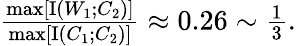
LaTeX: \begin{array}{r}{\frac{\operatorname*{max}[\operatorname{I}(W_{1};C_{2})]}{\operatorname*{max}[\operatorname{I}(C_{1};C_{2})]}\approx 0.26\sim\frac{1}{3}.}\end{array}